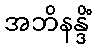
အဘိနန္ဒိံ